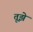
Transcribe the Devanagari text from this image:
तूझे